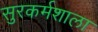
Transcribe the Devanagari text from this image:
सुरकर्मशाला